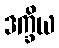
ဒက္ခိယ